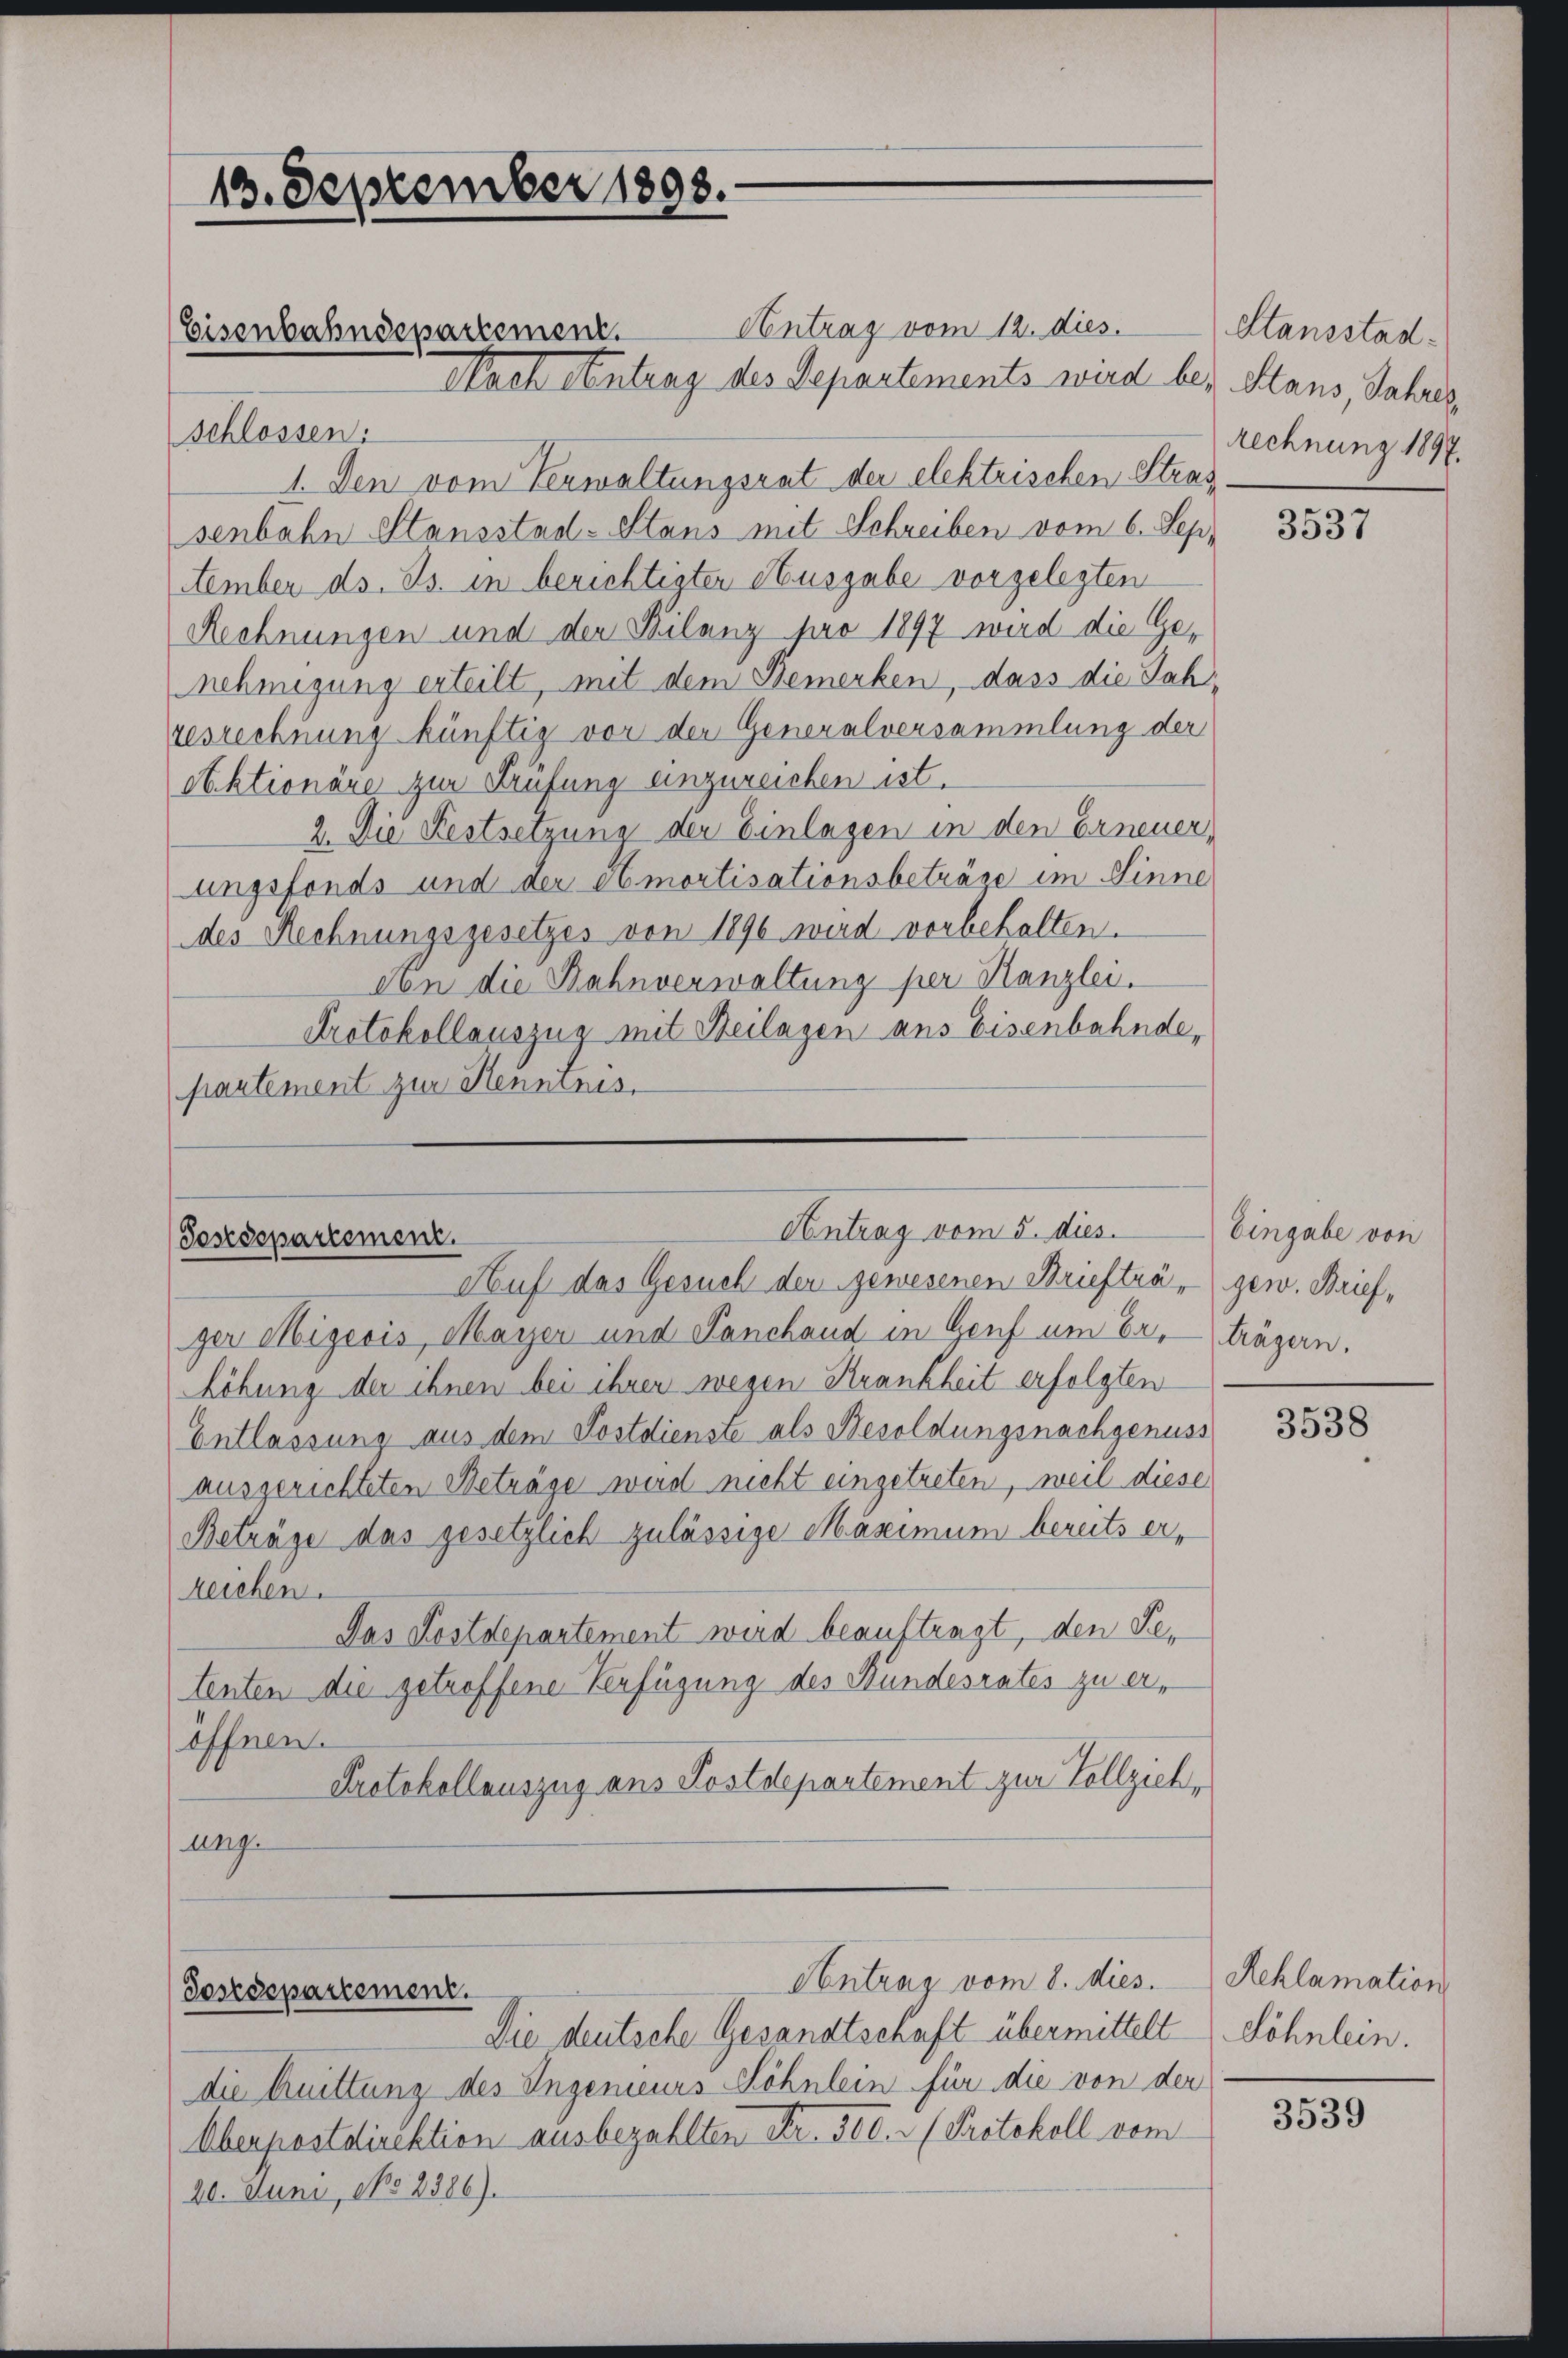
13. September 1898.

Antrag vom 12. dies
Nach Antrag des Departements wird bei Stans, Jahres,
Schlossen:
1. Den vom Verwaltungsrat der elektrischen Stras
senbahn Stansstad-Stans mit Schreiben vom 6. Sep.
ttember ds. Js. in berichtigten Ausgabe vorgelegten
Rechnungen und der Filanz pro 1897 wird die Ge-
nehmigung erteilt, mit dem Bemerken, dass die Jahgesrechnung künftig vor der Generalversammlung der
Obktionäre zur Prüfung einzureichen ist.
2. Die Festsetzung der Einlagen in den Erneuer,
ungsfonds und der Amortisationsbeträge im Sinne
des Rechnungsgesetzes von 1890 wird vorbehalten.
don die Bahnverwaltung per Kanzlei.
Protokollauszug mit Beilagen aus Eisenbahnde,
partement zur Kenntnis.

Eisenbahndepartement.

Antrag vom 5. dies. Eingabe von
Sostdepartement.

Auf das Gesuch der gewesenen Brieftra, gew. Brief,
ger Migeois, Mayer und Panchand in Genf um Er. trägern.
Löhung der ihnen bei ihrer wegen Krankheit erfolgten
Entlassung aus dem Postdienste als Besoldungsnachgenuss
ausgerichteten Beträge wird nicht eingetreten, weil diese
Beträge das gesetzlich zulässige Maximum bereits erzeichen.
Das Postdepartement wird beauftragt, den Getenten die getreffene Verfügung des Stundesrates zu eröffnen.
Protokollauszug aus Postdepartement zur Vollziehung.

Sostdepartement.

Antrag vom 8. Mies.

Die deutsche Gesandtschaft übermittelt
die truittung des Ingenieurs Lohnlein für die von der
Oberpostdirektion ausbezahlten Fr. 300.- (Protokoll vom
20. Juni, No 2386).

Etansstad
Rechnung 1897.

3537

3538

Reklamation
Söhnlein.

3539